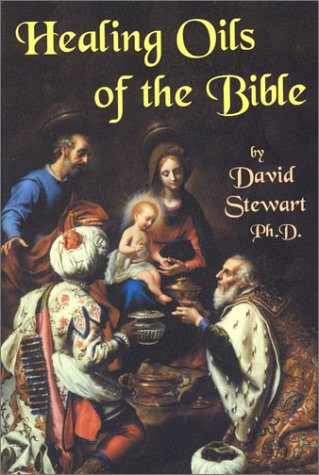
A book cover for Healing Oils of the Bible; David Stewart; Health, Fitness & Dieting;